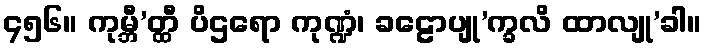
၄၅၆။ ကုမ္ဘီ’တ္ထီ ပိဌရော ကုဏ္ဍံ၊ ခဠောပျု’က္ခလိ ထာလျု’ခါ။